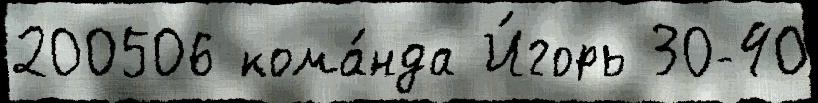
200506 кома́нда И́горь 30-40